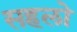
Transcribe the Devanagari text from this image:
सहलो